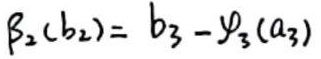
$\beta_2(b_2)=b_3 - \psi_3(a_3)$